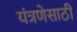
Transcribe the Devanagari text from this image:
यंत्रणेसाठी